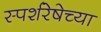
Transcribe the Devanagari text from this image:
स्पर्शरेषेच्या